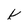
Character: k